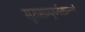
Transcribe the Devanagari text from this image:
सुरासम्पूर्णकलशं